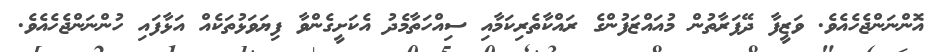
އޮންނަންޖެހެއެވެ. ވަޒީފާ ދޭފަރާތުން މުއައްޒަފުންގެ ރައްކާތެރިކަމާއި ސިއްހަތާމެދު އެކަށީގެންވާ ފިޔަވަޅުތަކެއް އަޅާފައި ހުންނަންޖެހެއެވެ.